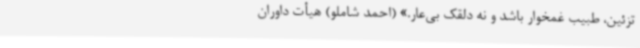
تزئین، طبیب غمخوار باشد و نه دلقک بی‌عار.» (احمد شاملو) هیأت داوران